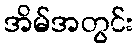
အိမ်အတွင်း